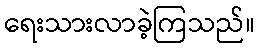
ရေးသားလာခဲ့ကြသည်။